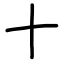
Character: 十